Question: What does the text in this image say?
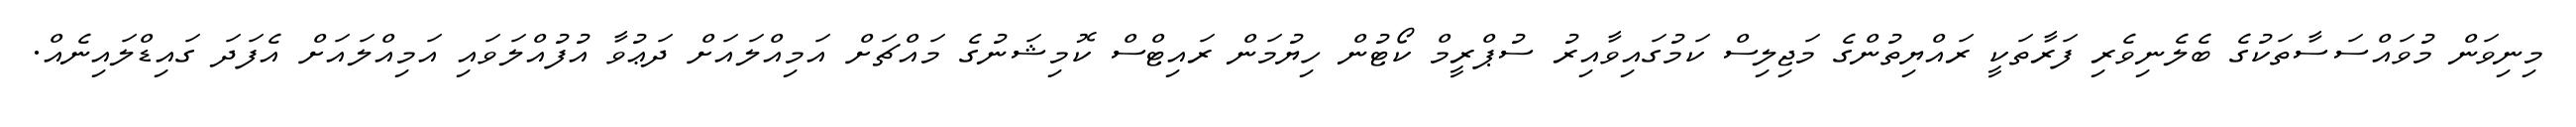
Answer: މިނިވަން މުވައްސަސާތަކުގެ ބެލެނިވެރި ފަރާތަކީ ރައްޔިތުންގެ މަޖިލިސް ކަމުގައިވާއިރު ސުޕްރީމް ކޯޓުން ހިޔުމަން ރައިޓްސް ކޮމިޝަނުގެ މައްޗަށް އަމިއްލައަށް ދަޢުވާ އުފުއްލަވައި އަމިއްލައަށް އެފަދަ ގައިޑްލައިނެއް.